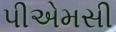
પીએમસી